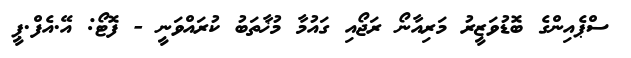
ސްޕެއިންގެ ބޮޑުވަޒީރު މަރިއާނޯ ރަޖޯއި ގައުމާ މުޚާތަބު ކުރައްވަނީ - ފޮޓޯ: އޭ.އެފް.ޕީ